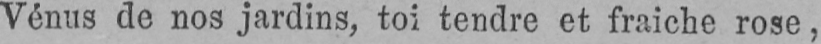
Vénus de nos jardins, toi tendre et fraiche rose,